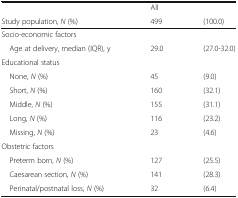
<table><thead><tr><td></td><td><b>All</b></td><td></td></tr><tr><td><b>Study population, <i>N</i> (%)</b></td><td><b>499</b></td><td><b>(100.0)</b></td></tr></thead><tbody><tr><td colspan="3">Socio-economic factors</td></tr><tr><td> Age at delivery, median (IQR), y</td><td>29.0</td><td>(27.0-32.0)</td></tr><tr><td colspan="3">Educational status</td></tr><tr><td> None, <i>N</i> (%)</td><td>45</td><td>(9.0)</td></tr><tr><td> Short, <i>N</i> (%)</td><td>160</td><td>(32.1)</td></tr><tr><td> Middle, <i>N</i> (%)</td><td>155</td><td>(31.1)</td></tr><tr><td> Long, <i>N</i> (%)</td><td>116</td><td>(23.2)</td></tr><tr><td> Missing, <i>N</i> (%)</td><td>23</td><td>(4.6)</td></tr><tr><td colspan="3">Obstetric factors</td></tr><tr><td> Preterm born, <i>N</i> (%)</td><td>127</td><td>(25.5)</td></tr><tr><td> Caesarean section, <i>N</i> (%)</td><td>141</td><td>(28.3)</td></tr><tr><td> Perinatal/postnatal loss, <i>N</i> (%)</td><td>32</td><td>(6.4)</td></tr></tbody></table>